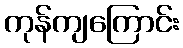
ကုန်ကျကြောင်း